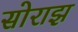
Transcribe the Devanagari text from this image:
सोराझ़